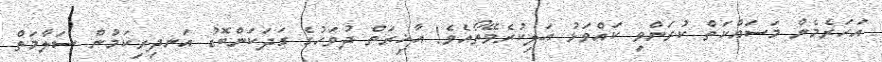
އަހަރެމެން މަސައްކަތް ކުރަންވީ ކައްވަޅު އަލިކުރެވޭތޯއެވެ! އާޚިރަތް ދުވަހުގެ ގަދަކަންބޮޑު އަނދިރިކަމުން ސަލާމަތް